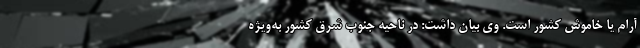
آرام یا خاموش کشور است. وی بیان داشت: در ناحیه جنوب شرق کشور به‌ویژه